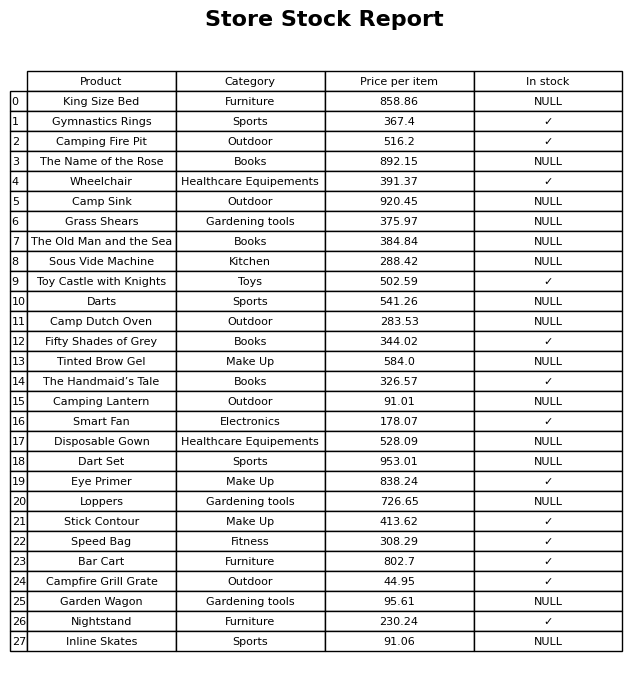
question: What is the price for Toy Castle with Knights?
answer: The price of Toy Castle with Knights is 502.59.